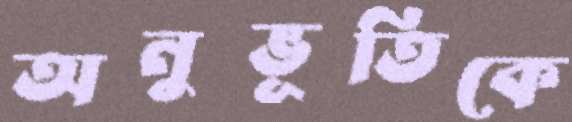
অনুভূতিকে